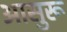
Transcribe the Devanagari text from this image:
आसुरू